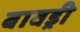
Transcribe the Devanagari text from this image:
बावड्री